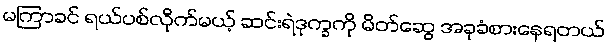
မကြာခင် ရယ်ပစ်လိုက်မယ့် ဆင်းရဲဒုက္ခကို မိတ်ဆွေ အခုခံစားနေရတယ်